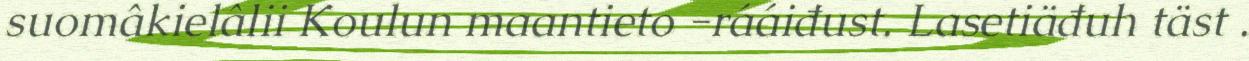
suomâkielâlii Koulun maantieto -rááiđust. Lasetiäđuh täst .